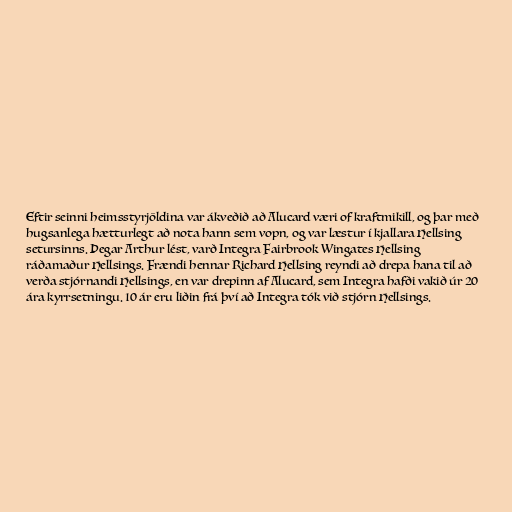
Eftir seinni heimsstyrjöldina var ákveðið að Alucard væri of kraftmikill, og þar með
hugsanlega hætturlegt að nota hann sem vopn, og var læstur í kjallara Hellsing
setursinns. Þegar Arthur lést, varð Integra Fairbrook Wingates Hellsing
ráðamaður Hellsings. Frændi hennar Richard Hellsing reyndi að drepa hana til að
verða stjórnandi Hellsings, en var drepinn af Alucard, sem Integra hafði vakið úr 20
ára kyrrsetningu. 10 ár eru liðin frá því að Integra tók við stjórn Hellsings.